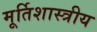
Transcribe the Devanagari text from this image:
मूर्तिशास्त्रीय